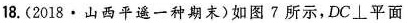
18. (2018 · 山西平遥一种期末)如图 7 所示，DC\bot平面